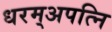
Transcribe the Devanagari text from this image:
धरम्अपत्नि